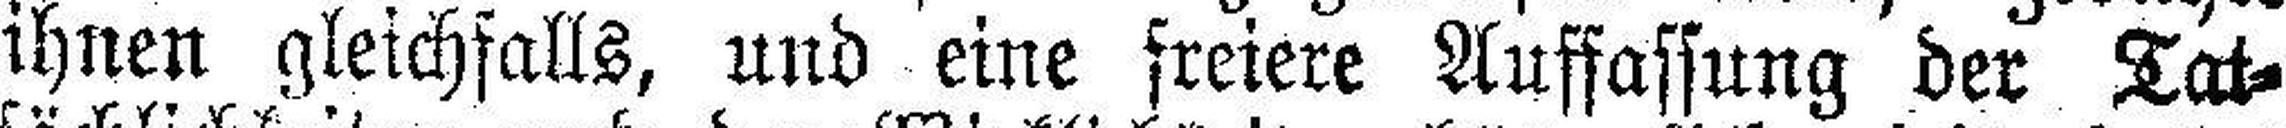
ihnen gleichfalls, und eine freiere Auffassung der Tat¬